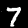
Label: 7